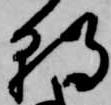
朝